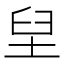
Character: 𱼭